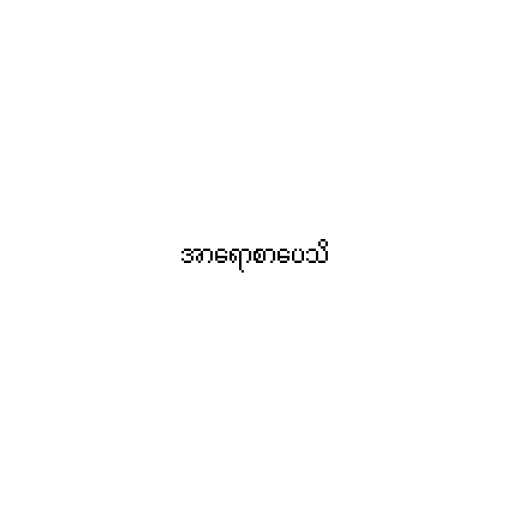
အာရောစာပေသိ